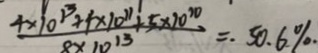
\frac { 4 \times 1 0 ^ { 1 3 } + 4 \times 1 0 ^ { 1 1 } + 5 \times 2 0 ^ { 2 0 } } { 8 \times 1 0 ^ { 1 3 } } = . 5 0 . 6 \% .